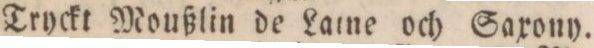
” ” Tryckt Moußlin de Laine och Saxony.